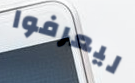
ليعرفوا